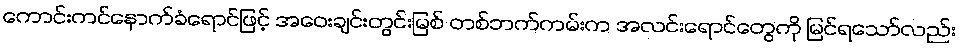
ကောင်းကင်နောက်ခံရောင်ဖြင့် အဝေးချင်းတွင်းမြစ် တစ်ဘက်ကမ်းက အလင်းရောင်တွေကို မြင်ရသော်လည်း